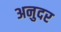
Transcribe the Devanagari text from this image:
अनुदर